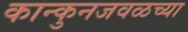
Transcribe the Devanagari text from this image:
कान्कुनजवळच्या